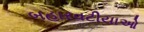
બહારવટીયાઓ